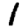
Digit: 1